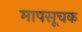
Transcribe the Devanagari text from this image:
मापसूचक